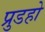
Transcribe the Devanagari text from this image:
प्रुडहो